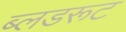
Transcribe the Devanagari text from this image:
ब्लडरूट